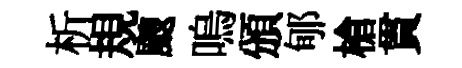
析規颼嗚頒郇槍貫